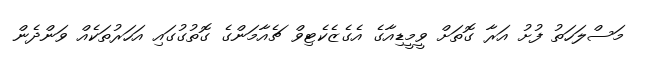
މަސްލަހަތު ފުށު އަރާ ގޮތަށް ވީމީޑިއާގެ އެގެޒެކެޓިވް ޗެއާމަންގެ ގޮތުގުގައި އަހަރުތަކެއް ވަންދެން